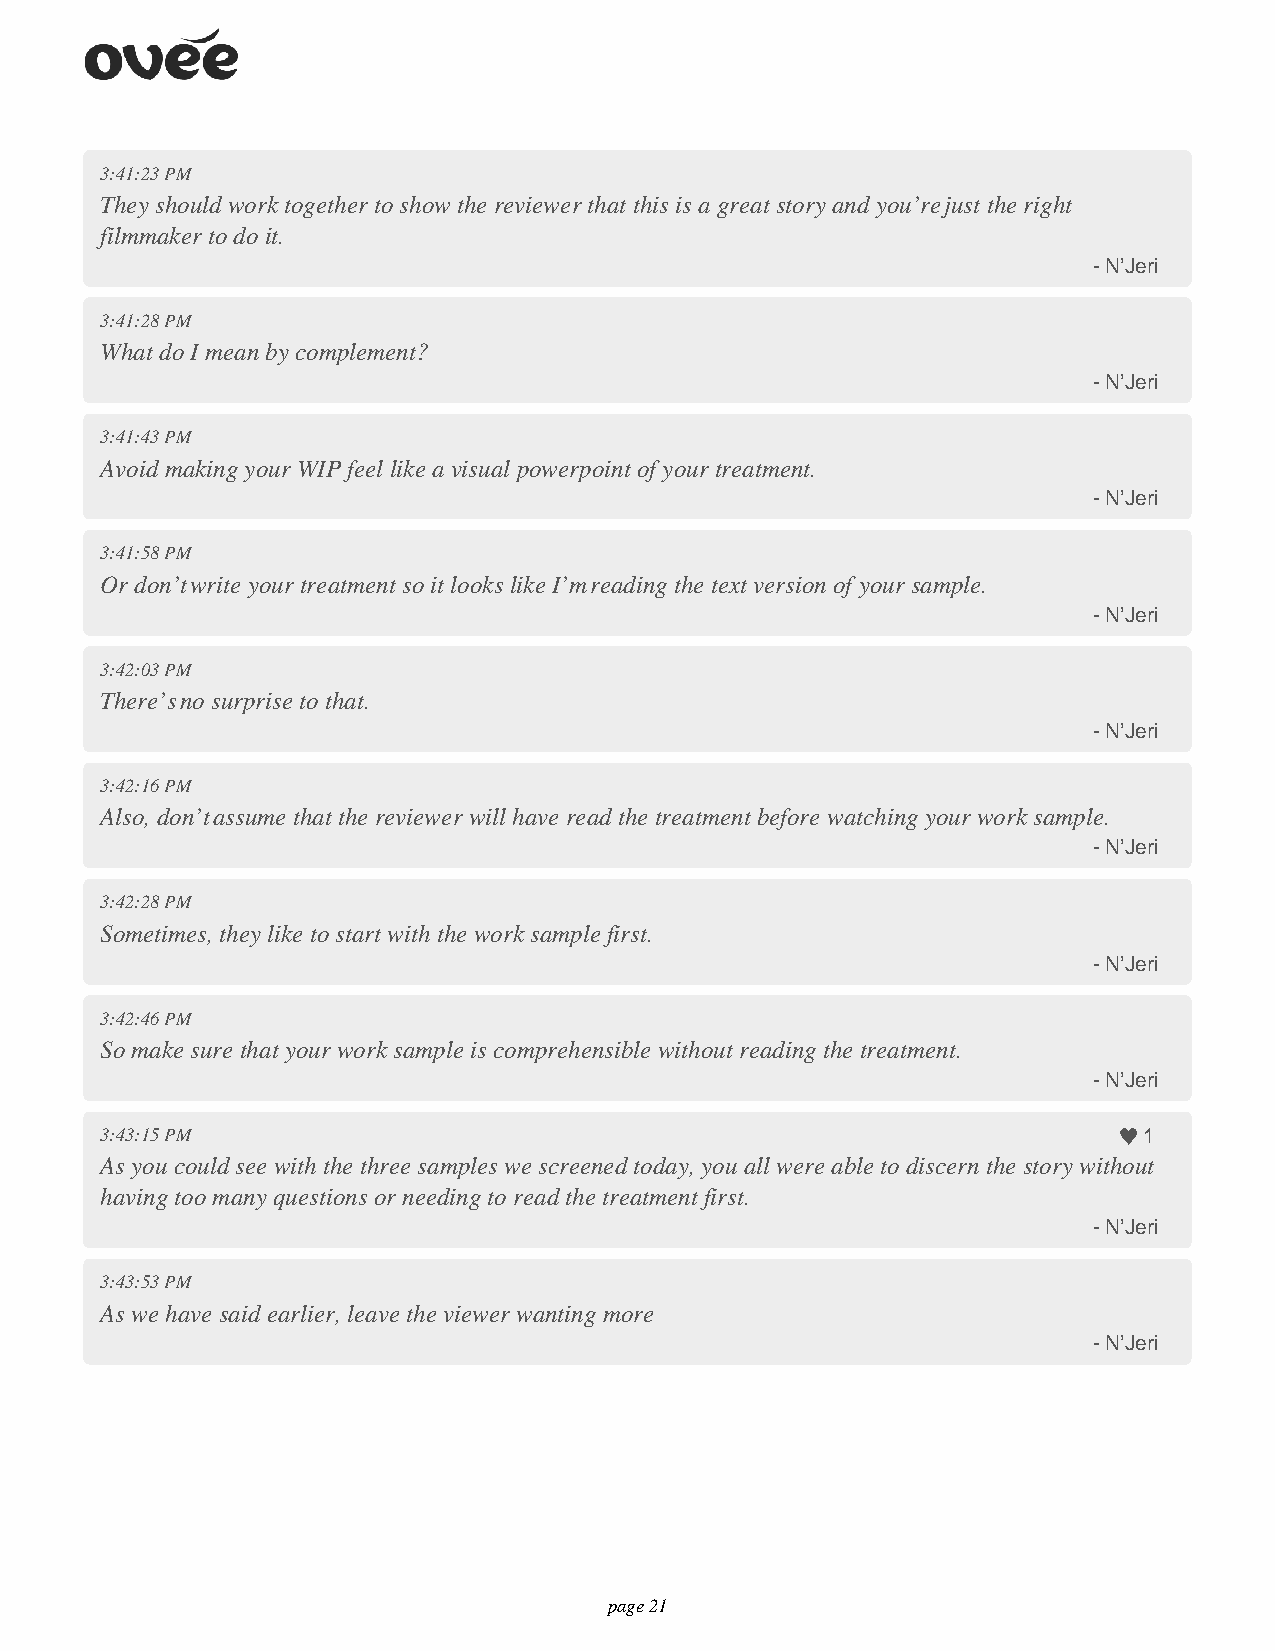
3:41:23 PM
 They should work together to show the reviewer that this is a great story and you’re just the right
 filmmaker to do it.
 - N’Jeri
 3:41:28 PM
 What do I mean by complement?
 - N’Jeri
 3:41:43 PM
 Avoid making your WIP feel like a visual powerpoint of your treatment.
 - N’Jeri
 3:41:58 PM
 Or don’t write your treatment so it looks like I’m reading the text version of your sample.
 - N’Jeri
 3:42:03 PM
 There’s no surprise to that.
 - N’Jeri
 3:42:16 PM
 Also, don’t assume that the reviewer will have read the treatment before watching your work sample.
 - N’Jeri
 3:42:28 PM
 Sometimes, they like to start with the work sample first.
 - N’Jeri
 3:42:46 PM
 So make sure that your work sample is comprehensible without reading the treatment.
 - N’Jeri
 3:43:15 PM                                                           1
 As you could see with the three samples we screened today, you all were able to discern the story without
 having too many questions or needing to read the treatment first.
 - N’Jeri
 3:43:53 PM
 As we have said earlier, leave the viewer wanting more
 - N’Jeri
 page 21